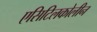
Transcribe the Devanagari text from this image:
एसिटिलकोलीन